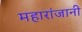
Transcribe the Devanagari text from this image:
महारांजानी